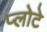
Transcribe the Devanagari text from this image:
प्लोटे